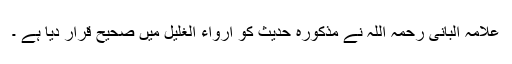
علامہ البانی رحمہ اللہ نے مذکورہ حدیث کو ارواء الغلیل میں صحیح قرار دیا ہے ۔